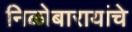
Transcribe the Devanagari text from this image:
निळोबारायांचे